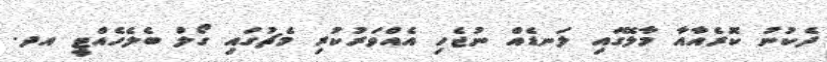
ދެކުނު ކޮރެއާއާ މާލޭގައި ލަނޑެއް ނުޖެހި އެއްވަރުކުރި މެޗުގައި ގޯލް ބެލެހެއްޓީ އދ.